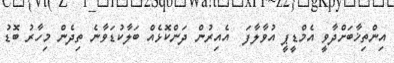
އިންތިޚާބަށްދާވީ އެމްޑީޕީ އުވާލާފަ  އެއިރުން ދަންކޮޅެއް ބަލާކުޑަވާނެ ތިދެން މިހާރު ބޮޑު